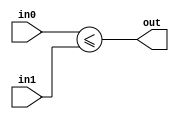
module coreir_sle #(
    parameter width = 1
) (
    input [width-1:0] in0,
    input [width-1:0] in1,
    output out
);
  assign out = $signed(in0) <= $signed(in1);
endmodule

module coreir_sle2_wrapped (
    input [1:0] I0,
    input [1:0] I1,
    output O
);
wire coreir_sle2_inst0_out;
coreir_sle #(
    .width(2)
) coreir_sle2_inst0 (
    .in0(I0),
    .in1(I1),
    .out(coreir_sle2_inst0_out)
);
assign O = coreir_sle2_inst0_out;
endmodule